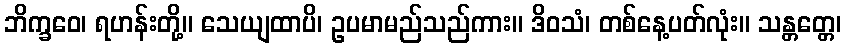
ဘိက္ခဝေ၊ ရဟန်းတို့။ သေယျထာပိ၊ ဥပမာမည်သည်ကား။ ဒိဝသံ၊ တစ်နေ့ပတ်လုံး။ သန္တတ္တေ၊